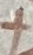
Text: +